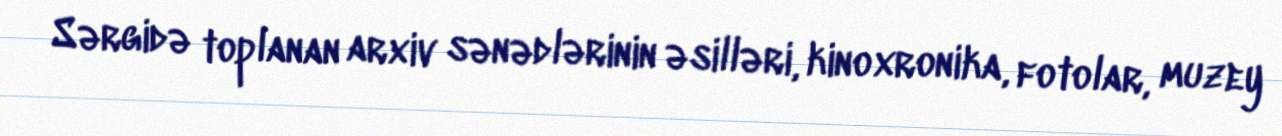
Sərgidə toplanan arxiv sənədlərinin əsilləri, kinoxronika, fotolar, muzey